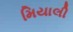
મિયાલી